Indian journal of veterinary science and animal husbandry - Volume 7,
Year: 1937
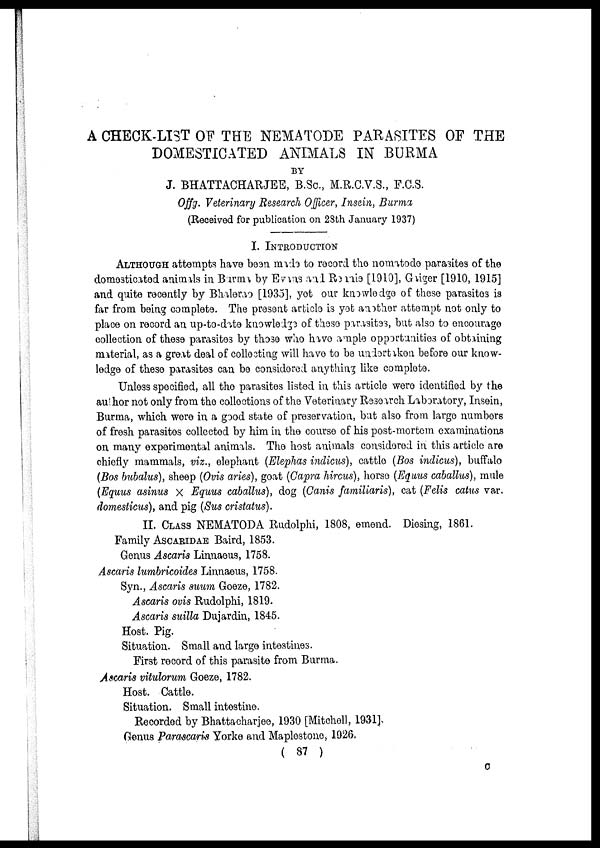
A CHECK-LIST OF THE NEMATODE PARASITES OF THE
DOMESTICATED ANIMALS IN BURMA
BY
J. BHATTACHARJEE, B.Sc., M.R.C.V.S., F.C.S.
Offg. Veterinary Research Officer, Insein, Burma
(Received for publication on 28th January 1937)
I. INTRODUCTION
ALTHOUGH attempts have been made to record the nomatode parasites of the
domesticated animals in Burma by Evans and Rennie [1910], Gaiger [1910, 1915]
and quite recently by Bhalerao [1935], yet our knowledge of these parasites is
far from being complete. The present article is yet another attempt not only to
place on record an up-to-date knowledge of these parasites, but also to encourage
collection of these parasites by those who have ample opportunities of obtaining
material, as a great deal of collecting will have to be undertaken before our know-
ledge of these parasites can be considered anything like complete.
Unless specified, all the parasites listed in this article were identified by the
author not only from the collections of the Veterinary Research Laboratory, Insein,
Burma, which were in a good state of preservation, but also from large numbers
of fresh parasites collected by him in the course of his post-mortem examinations
on many experimental animals. The host animals considered in this article are
chiefly mammals, viz., elephant (Elephas indicus), cattle (Bos indicus), buffalo
(Bos bubalus), sheep (Ovis aries), goat (Capra hircus), horse (Equus caballus), mule
(Equus asinus × Equus caballus), dog (Canis familiaris), cat (Felis catus var.
domesticus), and pig (Sus cristatus).
II. CLASS NEMATODA Rudolphi, 1808, emend. Diesing, 1861.
Family ASCARIDAE Baird, 1853.
Genus Ascaris Linnaeus, 1758.
Ascaris lumbricoides Linnaeus, 1758.
Syn., Ascaris suum Goeze, 1782.
Ascaris ovis Rudolphi, 1819.
Ascaris suilla Dujardin, 1845.
Host. Pig.
Situation. Small and large intestines.
First record of this parasite from Burma.
Ascaris vitulorum Goeze, 1782.
Host. Cattle.
Situation. Small intestine.
Recorded by Bhattacharjee, 1930 [Mitchell, 1931]
Genus Parascaris Yorke and Maplestone, 1926.
( 87 )